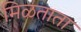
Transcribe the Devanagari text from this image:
मिळताता